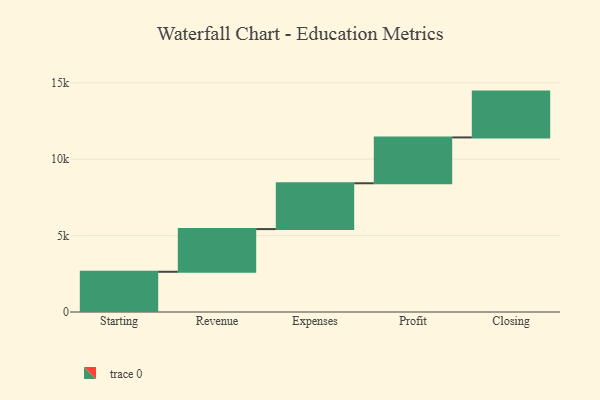
{"axis": {"x": "Step", "y": "Value"}, "legend": [""], "data": [{"x": "Starting", "y": 2633.0, "type": ""}, {"x": "Revenue", "y": 2794.0, "type": ""}, {"x": "Expenses", "y": 3000, "type": ""}, {"x": "Profit", "y": 3000, "type": ""}, {"x": "Closing", "y": 3000, "type": ""}]}